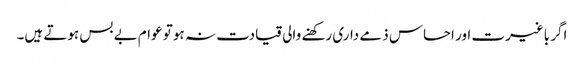
اگر باغیرت اور احساس ذمے داری رکھنے والی قیادت نہ ہو تو عوام بے بس ہوتے ہیں۔